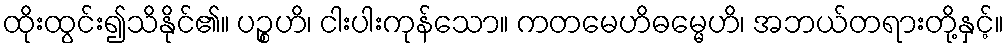
ထိုးထွင်း၍သိနိုင်၏။ ပဉ္စဟိ၊ ငါးပါးကုန်သော။ ကတမေဟိဓမ္မေဟိ၊ အဘယ်တရားတို့နှင့်။